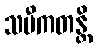
သမီကတန္တိ